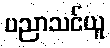
ပညာသင်ယူ